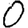
Digit: 0